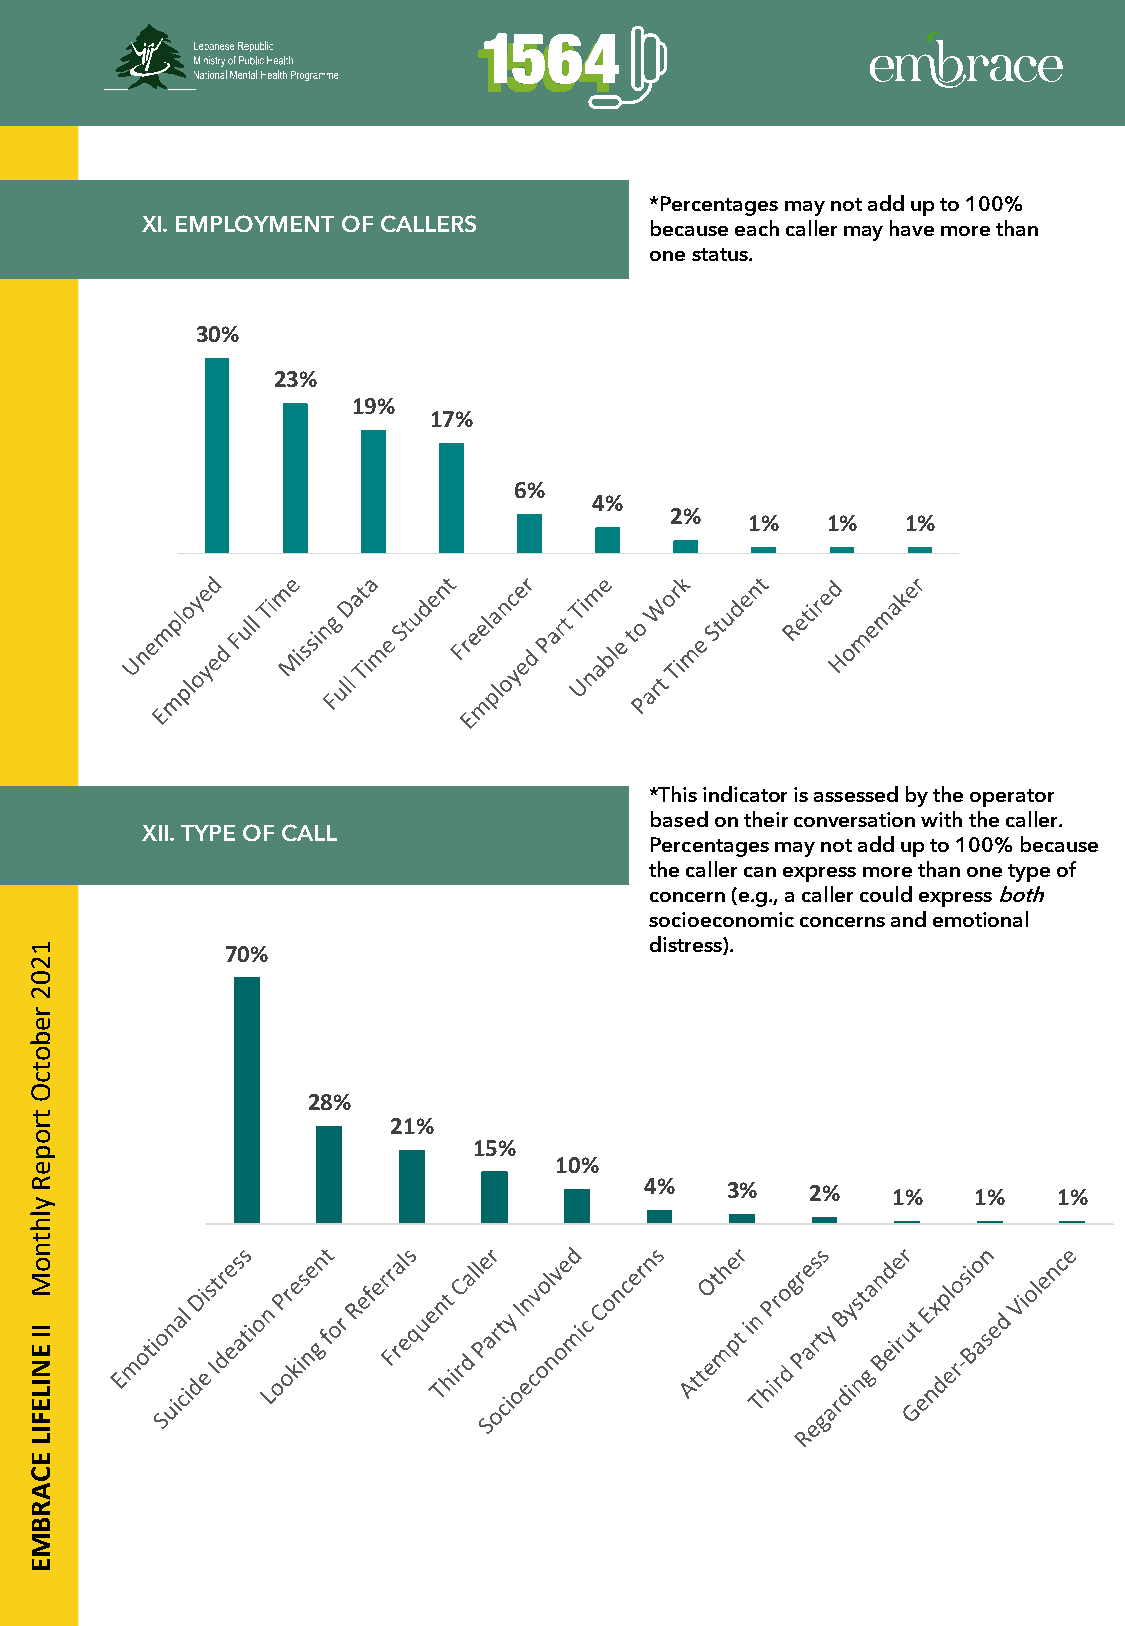
*Percentages may not add up to 100%
 XI. EMPLOYMENT OF CALLERS         because each caller may have more than
 one status.
 30%
 23%
 19%
 17%
 6%
 4%
 2%
 1%   1%   1%
 *This indicator is assessed by the operator
 based on their conversation with the caller.
 XII. TYPE OF CALL
 Percentages may not add up to 100% because
 the caller can express more than one type of
 concern (e.g., a caller could express both
 socioeconomic concerns and emotional
 1            70%                         distress).
 2
 0
 2
 r
 e
 b
 o
 t
 c
 O
 28%
 t
 r                       21%
 o
 15%
 p
 e                                  10%
 R                                        4%   3%    2%   1%    1%   1%
 y
 l
 h
 t
 n
 o
 M
 I
 I
 E
 N
 I
 L
 E
 F
 I
 L
 E
 C
 A
 R
 B
 M
 E